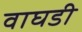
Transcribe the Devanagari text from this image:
वाघडी